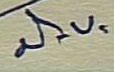
มิ.ย.